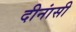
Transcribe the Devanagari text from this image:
दीनांसी